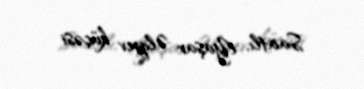
Saatlı, Yaşar Əliyev küçəsi